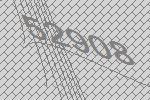
52908